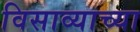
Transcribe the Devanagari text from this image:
विसाव्याच्या